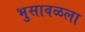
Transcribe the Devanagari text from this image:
भुसावळला